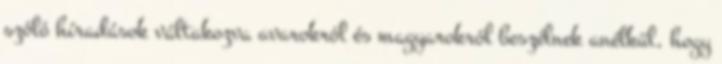
szóló híradások váltakozva avarokról és magyarokról beszélnek anélkül, hogy